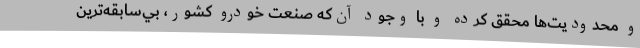
و محدوديت‌ها محقق كرده و با وجود آن‌كه صنعت خودرو كشور، بي‌سابقه‌ترين